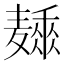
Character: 𱋩